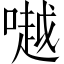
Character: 𠾲